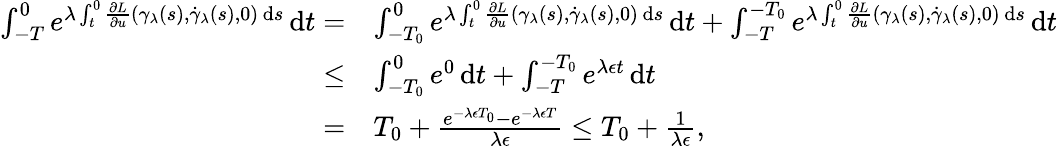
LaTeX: \begin{array}{rl}{\int_{-T}^{0}e^{\lambda\int_{t}^{0}\frac{\partial L}{\partial u}(\gamma_{\lambda}(s),\dot{\gamma}_{\lambda}(s),0)\, \mathrm{d}s}\, \mathrm{d}t=}&{\int_{-T_{0}}^{0}e^{\lambda\int_{t}^{0}\frac{\partial L}{\partial u}(\gamma_{\lambda}(s),\dot{\gamma}_{\lambda}(s),0)\, \mathrm{d}s}\, \mathrm{d}t+\int_{-T}^{-T_{0}}e^{\lambda\int_{t}^{0}\frac{\partial L}{\partial u}(\gamma_{\lambda}(s),\dot{\gamma}_{\lambda}(s),0)\, \mathrm{d}s}\, \mathrm{d}t}\\ {\leq}&{\int_{-T_{0}}^{0}e^{0}\, \mathrm{d}t+\int_{-T}^{-T_{0}}e^{\lambda\epsilon t}\, \mathrm{d}t}\\ {=}&{T_{0}+\frac{e^{-\lambda\epsilon T_{0}}-e^{-\lambda\epsilon T}}{\lambda\epsilon}\leq T_{0}+\frac{1}{\lambda\epsilon},}\end{array}